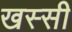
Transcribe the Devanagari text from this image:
खस्सी